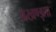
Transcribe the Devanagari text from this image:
अखण्ड़ता